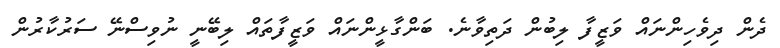
ދެން ދިވެހިންނައް ވަޒީފާ ލިބުން ދަތިވާނެ. ބަންގާޅީންނައް ވަޒީފާތައް ލިބޭނީ ނުވިސްނޭ ސަރުކާރުން